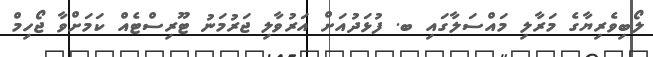
ލޯބިވެރިޔާގެ މަރާލި މައްސަލާގައި ބ. ފުޅަދުއަށް އަރުވާލި ޖަރުމަނު ޓޫރިސްޓެއް ކަމަށްވާ ޖޯހިމް